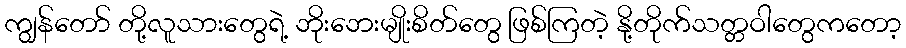
ကျွန်တော် တို့လူသားတွေရဲ့ ဘိုးဘေးမျိုးစိတ်တွေ ဖြစ်ကြတဲ့ နို့တိုက်သတ္တဝါတွေကတော့